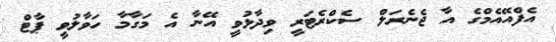
އެފްއޭއެމްގެ އާ ޖެނެރަލް ސެކްރެޓަރީ ވިދާޅުވީ އޭނާ އެ މަގާމާ ހަވާލުވީ ޕާޓް